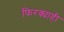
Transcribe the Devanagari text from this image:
फिरक्याही